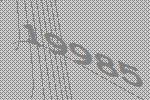
19985